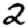
Digit: 2